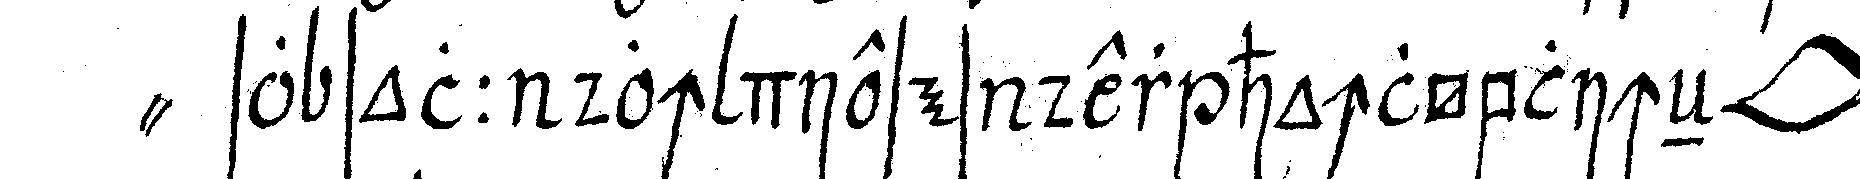
" so soll doch dieses der hochlöblicheN *lip* rey